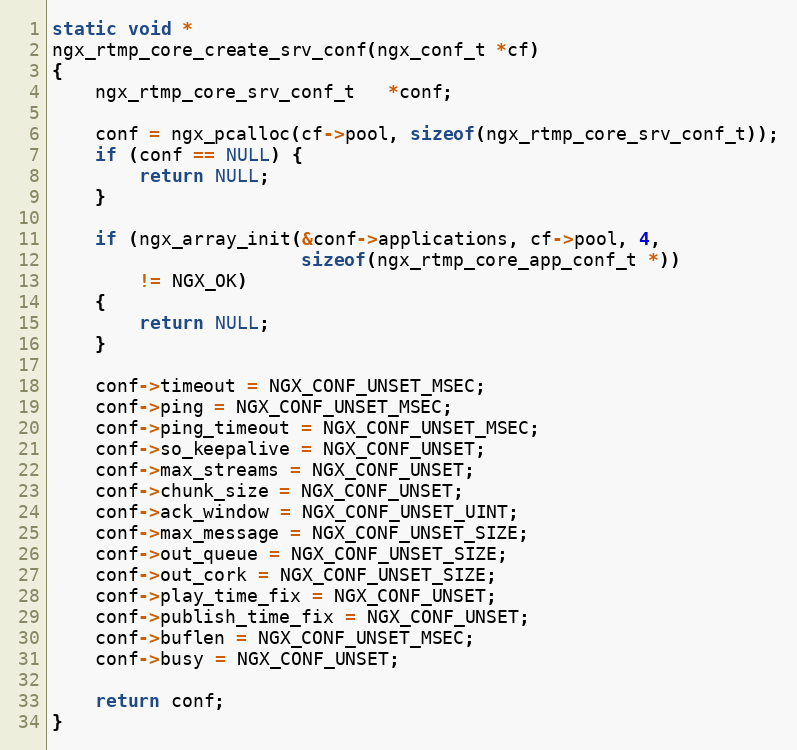
Language: C
static void *
ngx_rtmp_core_create_srv_conf(ngx_conf_t *cf)
{
    ngx_rtmp_core_srv_conf_t   *conf;

    conf = ngx_pcalloc(cf->pool, sizeof(ngx_rtmp_core_srv_conf_t));
    if (conf == NULL) {
        return NULL;
    }

    if (ngx_array_init(&conf->applications, cf->pool, 4,
                       sizeof(ngx_rtmp_core_app_conf_t *))
        != NGX_OK)
    {
        return NULL;
    }

    conf->timeout = NGX_CONF_UNSET_MSEC;
    conf->ping = NGX_CONF_UNSET_MSEC;
    conf->ping_timeout = NGX_CONF_UNSET_MSEC;
    conf->so_keepalive = NGX_CONF_UNSET;
    conf->max_streams = NGX_CONF_UNSET;
    conf->chunk_size = NGX_CONF_UNSET;
    conf->ack_window = NGX_CONF_UNSET_UINT;
    conf->max_message = NGX_CONF_UNSET_SIZE;
    conf->out_queue = NGX_CONF_UNSET_SIZE;
    conf->out_cork = NGX_CONF_UNSET_SIZE;
    conf->play_time_fix = NGX_CONF_UNSET;
    conf->publish_time_fix = NGX_CONF_UNSET;
    conf->buflen = NGX_CONF_UNSET_MSEC;
    conf->busy = NGX_CONF_UNSET;

    return conf;
}